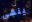
ينهى